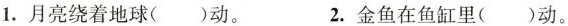
1.月亮绕着地球( )动。 2.金鱼在鱼缸里(